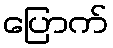
ပြောက်